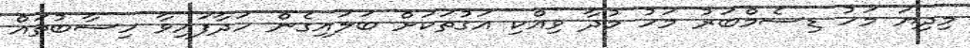
މިދިޔަ މަހު ޑިސެމްބަރު މަހު މުދާ ވިއްކި އަގުތަކަށް ބަލައިގެން ހަދާފައިވާ ހިސާބުތައް